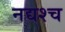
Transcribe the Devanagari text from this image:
नद्यश्‍च